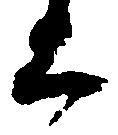
上